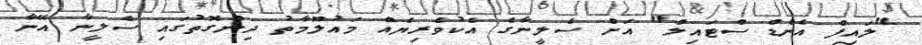
"ލައިފް އެންޑް ސްޓައިލް" އަށް ސެލީނާގެ އެކުވެރިޔެއް މައުލޫމާތު ދިންގޮތުގައި ސެލީނާ އޭނާ